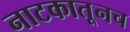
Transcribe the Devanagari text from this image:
नाटकातूनच